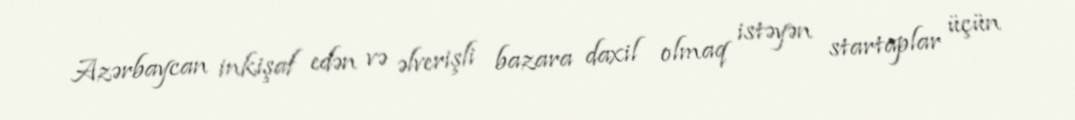
Azərbaycan inkişaf edən və əlverişli bazara daxil olmaq istəyən startaplar üçün